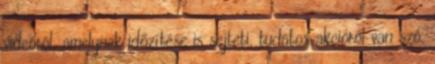
videóról, amelynek időzítése is sejteti, tudatos akcióról van szó.